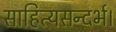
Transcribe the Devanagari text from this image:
साहित्यसन्दर्भ।